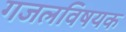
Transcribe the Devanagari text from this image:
गजलविषयक